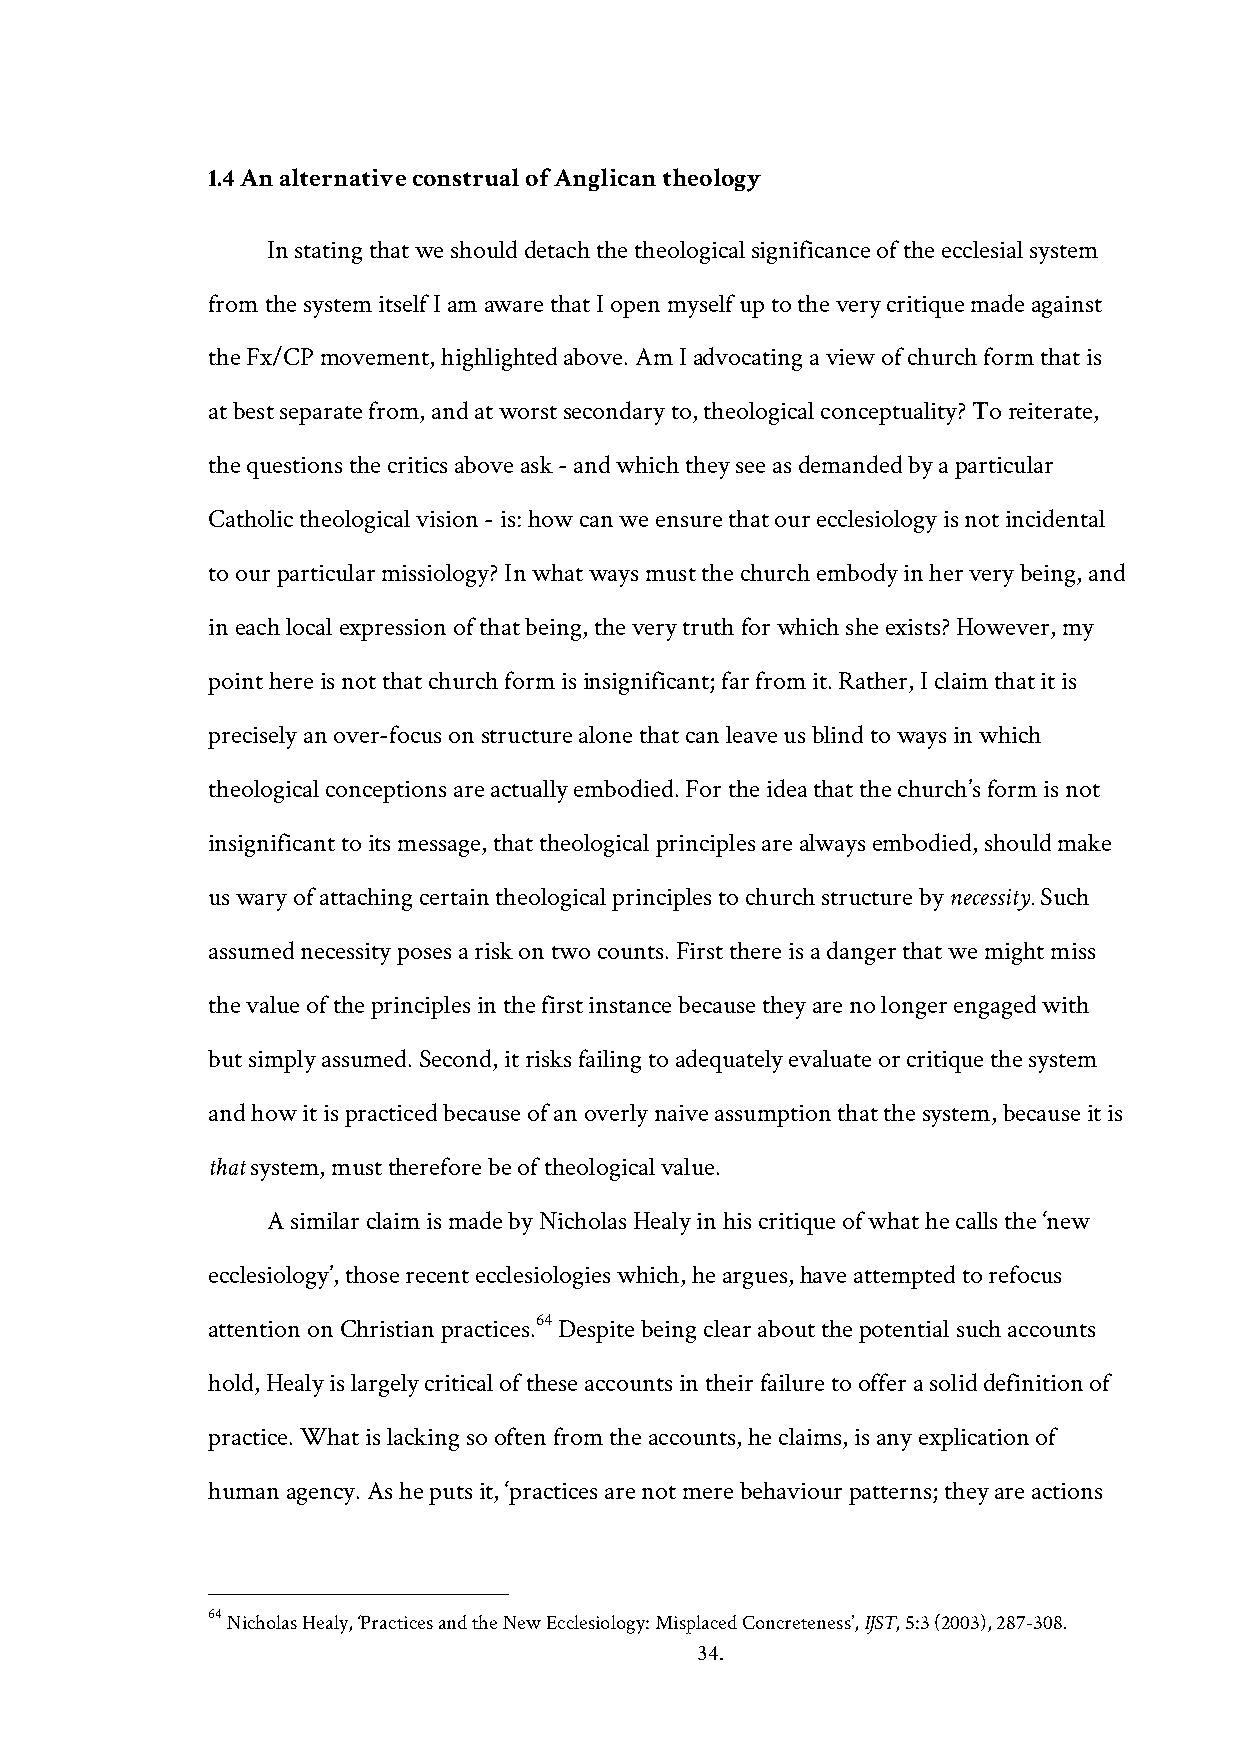
1.4 An alternative construal of Anglican theology
 In stating that we should detach the theological significance of the ecclesial system
 from the system itself I am aware that I open myself up to the very critique made against
 the Fx/CP movement, highlighted above. Am I advocating a view of church form that is
 at best separate from, and at worst secondary to, theological conceptuality? To reiterate,
 the questions the critics above ask - and which they see as demanded by a particular
 Catholic theological vision - is: how can we ensure that our ecclesiology is not incidental
 to our particular missiology? In what ways must the church embody in her very being, and
 in each local expression of that being, the very truth for which she exists? However, my
 point here is not that church form is insignificant; far from it. Rather, I claim that it is
 precisely an over-focus on structure alone that can leave us blind to ways in which
 theological conceptions are actually embodied. For the idea that the church’s form is not
 insignificant to its message, that theological principles are always embodied, should make
 us wary of attaching certain theological principles to church structure by necessity. Such
 assumed necessity poses a risk on two counts. First there is a danger that we might miss
 the value of the principles in the first instance because they are no longer engaged with
 but simply assumed. Second, it risks failing to adequately evaluate or critique the system
 and how it is practiced because of an overly naive assumption that the system, because it is
 that system, must therefore be of theological value.
 A similar claim is made by Nicholas Healy in his critique of what he calls the ‘new
 ecclesiology’, those recent ecclesiologies which, he argues, have attempted to refocus
 64
 attention on Christian practices. Despite being clear about the potential such accounts
 hold, Healy is largely critical of these accounts in their failure to offer a solid definition of
 practice. What is lacking so often from the accounts, he claims, is any explication of
 human agency. As he puts it, ‘practices are not mere behaviour patterns; they are actions
 64 Nicholas Healy, ‘Practices and the New Ecclesiology: Misplaced Concreteness’, IJST, 5:3 (2003), 287-308.
 34.